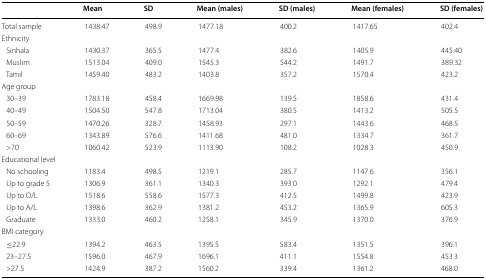
<table><thead><tr><td></td><td><b>Mean</b></td><td><b>SD</b></td><td><b>Mean (males)</b></td><td><b>SD (males)</b></td><td><b>Mean (females)</b></td><td><b>SD (females)</b></td></tr></thead><tbody><tr><td>Total sample</td><td>1438.47</td><td>498.9</td><td>1477.18</td><td>400.2</td><td>1417.65</td><td>402.4</td></tr><tr><td colspan="7">Ethnicity</td></tr><tr><td> Sinhala</td><td>1430.37</td><td>365.5</td><td>1477.4</td><td>382.6</td><td>1405.9</td><td>445.40</td></tr><tr><td> Muslim</td><td>1513.04</td><td>409.0</td><td>1545.3</td><td>544.2</td><td>1491.7</td><td>389.32</td></tr><tr><td> Tamil</td><td>1459.40</td><td>483.2</td><td>1403.8</td><td>357.2</td><td>1570.4</td><td>423.2</td></tr><tr><td colspan="7">Age group</td></tr><tr><td> 30–39</td><td>1783.18</td><td>458.4</td><td>1669.98</td><td>139.5</td><td>1858.6</td><td>431.4</td></tr><tr><td> 40–49</td><td>1504.50</td><td>547.8</td><td>1713.04</td><td>380.5</td><td>1413.2</td><td>505.5</td></tr><tr><td> 50–59</td><td>1470.26</td><td>328.7</td><td>1458.93</td><td>297.1</td><td>1443.6</td><td>468.5</td></tr><tr><td> 60–69</td><td>1343.89</td><td>576.6</td><td>1411.68</td><td>481.0</td><td>1334.7</td><td>361.7</td></tr><tr><td> &gt;70</td><td>1060.42</td><td>523.9</td><td>1113.90</td><td>108.2</td><td>1028.3</td><td>450.9</td></tr><tr><td colspan="7">Educational level</td></tr><tr><td> No schooling</td><td>1183.4</td><td>498.5</td><td>1219.1</td><td>285.7</td><td>1147.6</td><td>356.1</td></tr><tr><td> Up to grade 5</td><td>1306.9</td><td>361.1</td><td>1340.3</td><td>393.0</td><td>1292.1</td><td>479.4</td></tr><tr><td> Up to O/L</td><td>1518.6</td><td>558.6</td><td>1577.3</td><td>412.5</td><td>1499.8</td><td>423.9</td></tr><tr><td> Up to A/L</td><td>1398.6</td><td>362.9</td><td>1381.2</td><td>453.2</td><td>1365.9</td><td>605.3</td></tr><tr><td> Graduate</td><td>1333.0</td><td>460.2</td><td>1258.1</td><td>345.9</td><td>1370.0</td><td>376.9</td></tr><tr><td colspan="7">BMI category</td></tr><tr><td> ≤22.9</td><td>1394.2</td><td>463.5</td><td>1395.5</td><td>583.4</td><td>1351.5</td><td>396.1</td></tr><tr><td> 23–27.5</td><td>1596.0</td><td>467.9</td><td>1696.1</td><td>411.1</td><td>1554.8</td><td>453.3</td></tr><tr><td> &gt;27.5</td><td>1424.9</td><td>387.2</td><td>1560.2</td><td>339.4</td><td>1361.2</td><td>468.0</td></tr></tbody></table>